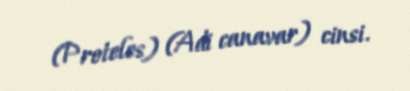
(Proteles) (Adi canavar) cinsi.